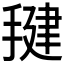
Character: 𰔑